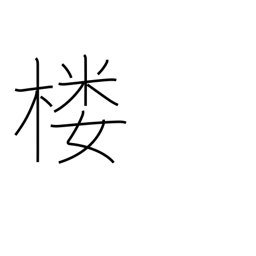
Meaning: watchtower